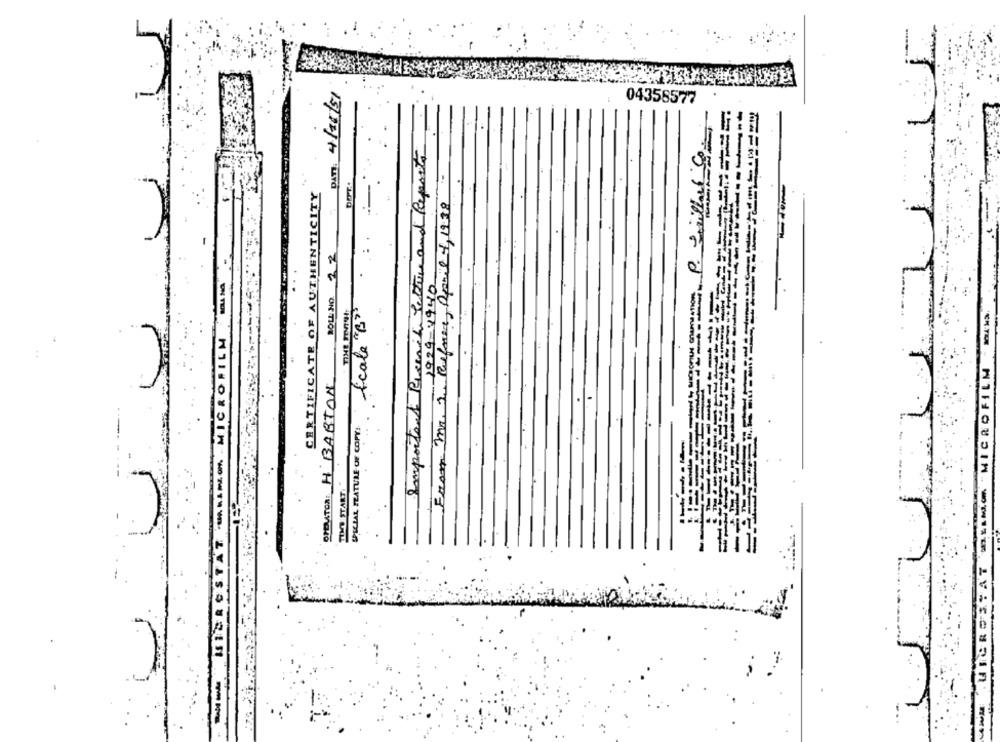
1
BOULNO. 22 DAT: 4/20/51
04358577
=-----
Important Preench Letture and Reports
Whor P. Souillart
DET.
CERTIFICATE OF AUTHENTICITY
From mr. 2. Refuer, april 4, 198
1929-4940
Scale "B"
A ME OR. MICROFILM
UICROSTAT BEIM "MICROFILM
SPDUTOR: H BARTON
SPECIAL FEATURE OF COPY!
TIME START
-
2